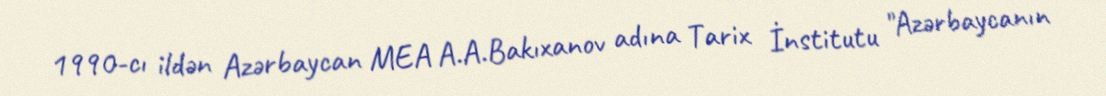
1990-cı ildən Azərbaycan MEA A.A.Bakıxanov adına Tarix İnstitutu "Azərbaycanın